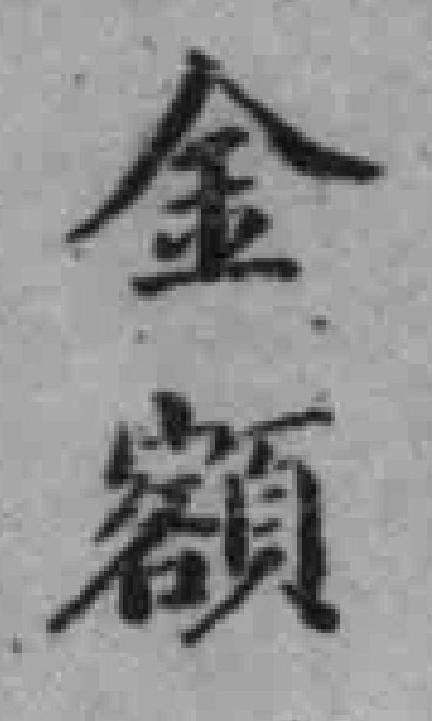
金额